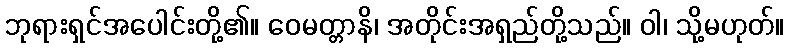
ဘုရားရှင်အပေါင်းတို့၏။ ဝေမတ္တာနိ၊ အတိုင်းအရှည်တို့သည်။ ဝါ၊ သို့မဟုတ်။